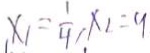
x _ { 1 } = \frac { 1 } { 4 } , x _ { 2 } = 9